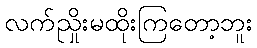
လက်ညှိုးမထိုးကြတော့ဘူး